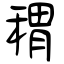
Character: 稩